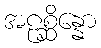
အဠစ္ဆိန္နော